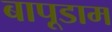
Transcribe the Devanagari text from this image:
बापूडाम